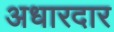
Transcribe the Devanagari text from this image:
अधारदार